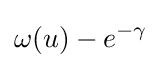
\omega (u)-e^{-\gamma }